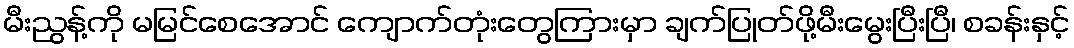
မီးညွန့်ကို မမြင်စေအောင် ကျောက်တုံးတွေကြားမှာ ချက်ပြုတ်ဖို့မီးမွေးပြီးပြီ၊ စခန်းနှင့်